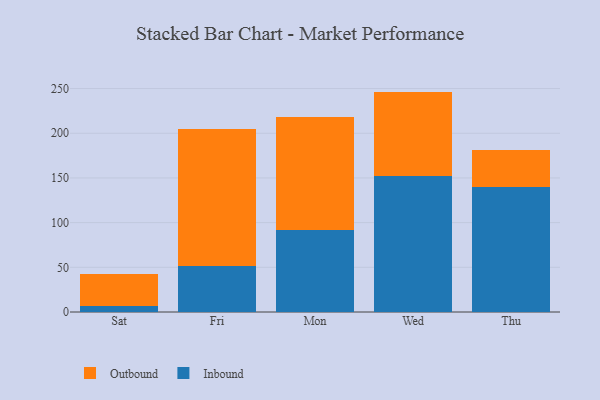
{"axis": {"x": "Day", "y": "Headcount"}, "legend": ["Inbound", "Outbound"], "data": [{"x": "Sat", "y": 6.8, "type": "Inbound"}, {"x": "Sat", "y": 35.4, "type": "Outbound"}, {"x": "Fri", "y": 51.0, "type": "Inbound"}, {"x": "Fri", "y": 154.2, "type": "Outbound"}, {"x": "Mon", "y": 91.3, "type": "Inbound"}, {"x": "Mon", "y": 126.9, "type": "Outbound"}, {"x": "Wed", "y": 152.5, "type": "Inbound"}, {"x": "Wed", "y": 94.1, "type": "Outbound"}, {"x": "Thu", "y": 140.3, "type": "Inbound"}, {"x": "Thu", "y": 41.4, "type": "Outbound"}]}